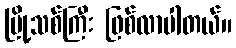
မြို့သစ်ကြီး ဖြစ်လာပါတယ်။